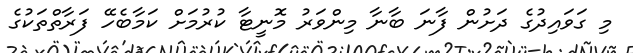
މި ގަވައިދުގެ ދަށުން ފާނަ ބާނާ މިންވަރު މޮނީޓާ ކުރުމަށް ކަމާބެހޭ ފަރާތްތަކުގެ